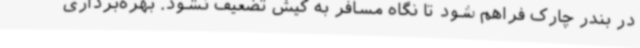
در بندر چارک فراهم شود تا نگاه مسافر به کیش تضعیف نشود. بهره‌برداری